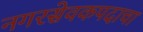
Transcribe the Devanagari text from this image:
नगरसेवकपदाचा